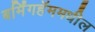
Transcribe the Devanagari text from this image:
बर्मिंगहॅममधील